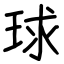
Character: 球